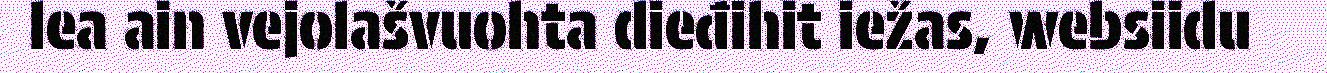
lea ain vejolašvuohta dieđihit iežas, websiidu